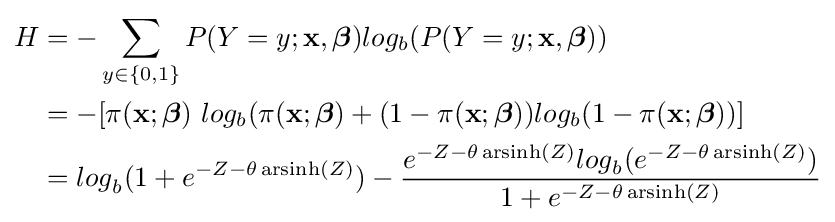
{\begin{aligned}H&=-\sum _{y\in \{0,1\}}{P(Y=y;\mathbf {x} ,{\boldsymbol {\beta }})log_{b}(P(Y=y;\mathbf {x} ,{\boldsymbol {\beta }}))}\\&=-[\pi (\mathbf {x} ;{\boldsymbol {\beta }})\ log_{b}(\pi (\mathbf {x} ;{\boldsymbol {\beta }})+(1-\pi (\mathbf {x} ;{\boldsymbol {\beta }}))log_{b}(1-\pi (\mathbf {x} ;{\boldsymbol {\beta }}))]\\&={log}_{b}(1+e^{-Z-\theta \operatorname {arsinh} (Z)})-{\frac {e^{-Z-\theta \operatorname {arsinh} (Z)}{log}_{b}(e^{-Z-\theta \operatorname {arsinh} (Z)})}{1+e^{-Z-\theta \operatorname {arsinh} (Z)}}}\end{aligned}}